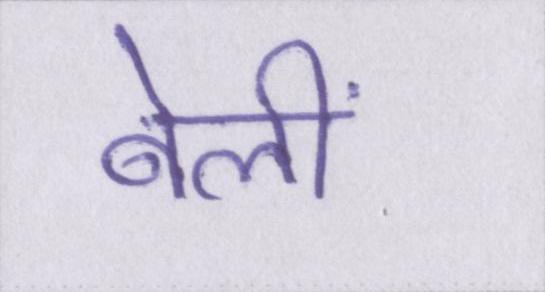
बेलीं